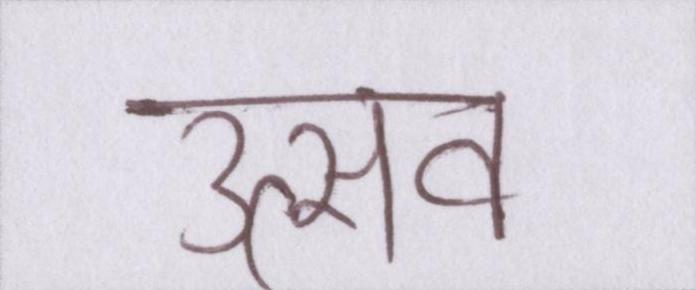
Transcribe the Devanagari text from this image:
उत्सव